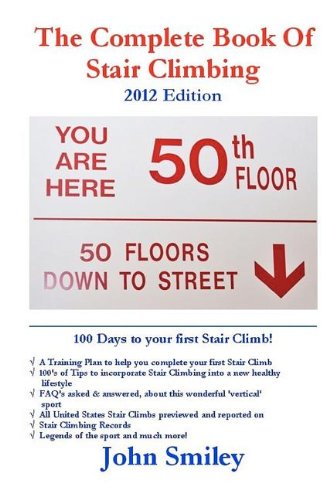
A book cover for The Complete Book of Stair Climbing (2012 Edition); John Smiley; Health, Fitness & Dieting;